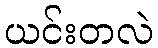
ယင်းတလဲ